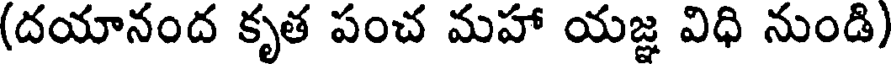
(దయానంద కృత పంచ మహా యజ్ఞ విధి నుండి)